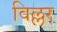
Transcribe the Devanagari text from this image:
विल्लर